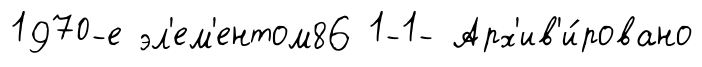
1970-е эл'ем'ентом86 1-1- Арх'ив'и́ровано